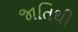
જાતિથી